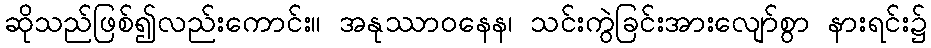
ဆိုသည်ဖြစ်၍လည်းကောင်း။ အနုဿာဝနေန၊ သင်းကွဲခြင်းအားလျော်စွာ နားရင်း၌